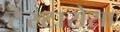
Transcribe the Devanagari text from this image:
टेस्टारोसा